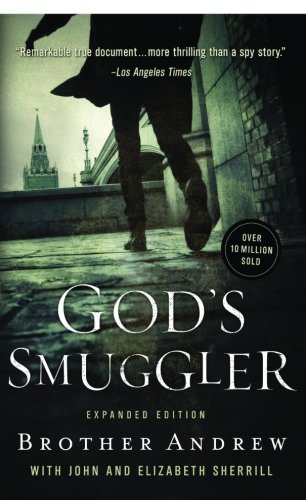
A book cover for God's Smuggler; Brother Andrew; Christian Books & Bibles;